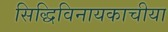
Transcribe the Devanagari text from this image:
सिद्धिविनायकाचीया